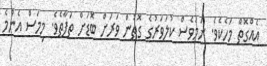
އެއްގޮތް މަހެކެވެ. ނަމަވެސް ކުލަވަރުގެ ގޮތުން ވަރަށް ބޮޑަށް ތަފާތެވެ. މިމަސް އެންމެ